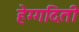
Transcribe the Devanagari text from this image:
हेग्गदिती